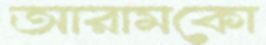
আরামকো